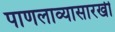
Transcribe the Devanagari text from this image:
पाणलाव्यासारखी